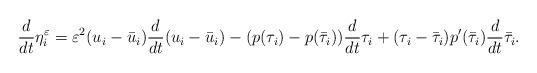
LaTeX: \begin{align*} \dfrac{d}{dt}\eta_i^\varepsilon = \varepsilon^2 (u_i -\bar u_i) \dfrac{d}{dt}(u_i-\bar u_i) -(p(\tau_i) - p(\bar \tau_i))\dfrac{d}{dt} \tau_i + (\tau_i-\bar \tau_i)p'(\bar\tau_i) \dfrac{d}{dt} \bar \tau_i . \end{align*}